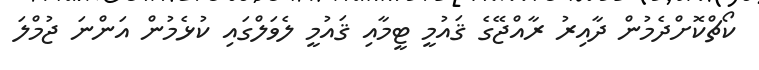
ކޯޗްކޮށްދެމުން ދާއިރު ރާއްޖޭގެ ޤައުމީ ޓީމާއި ޤައުމީ ލެވަލްގައި ކުޅެމުން އަންނަ ޖުމްލަ